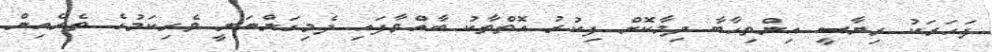
ފަހަރަކު ރިޔާސީ އިންތިހާބާ ދިމާކޮށް ފިކުރު އޮތްތާކު ބާއްވާފައި ދެމިގަންނަނީ ވެރިކަމުގެ ތެރެއިން